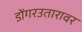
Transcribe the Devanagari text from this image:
डोंगरउतारावर